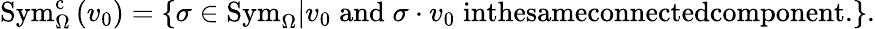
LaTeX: \mathrm{Sym}_{\Omega}^{\mathrm{c}}\left(v_{0}\right)=\left\{ \sigma\in\mathrm{Sym}_{\Omega}\middle|v_{0}\; \textnormal{and}\; \sigma\cdot v_{0}\; \textnormal{inthesameconnectedcomponent.}\right\} .